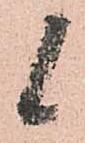
候